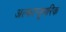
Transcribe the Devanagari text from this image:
अल्फान्यूमरिक